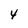
Character: 4